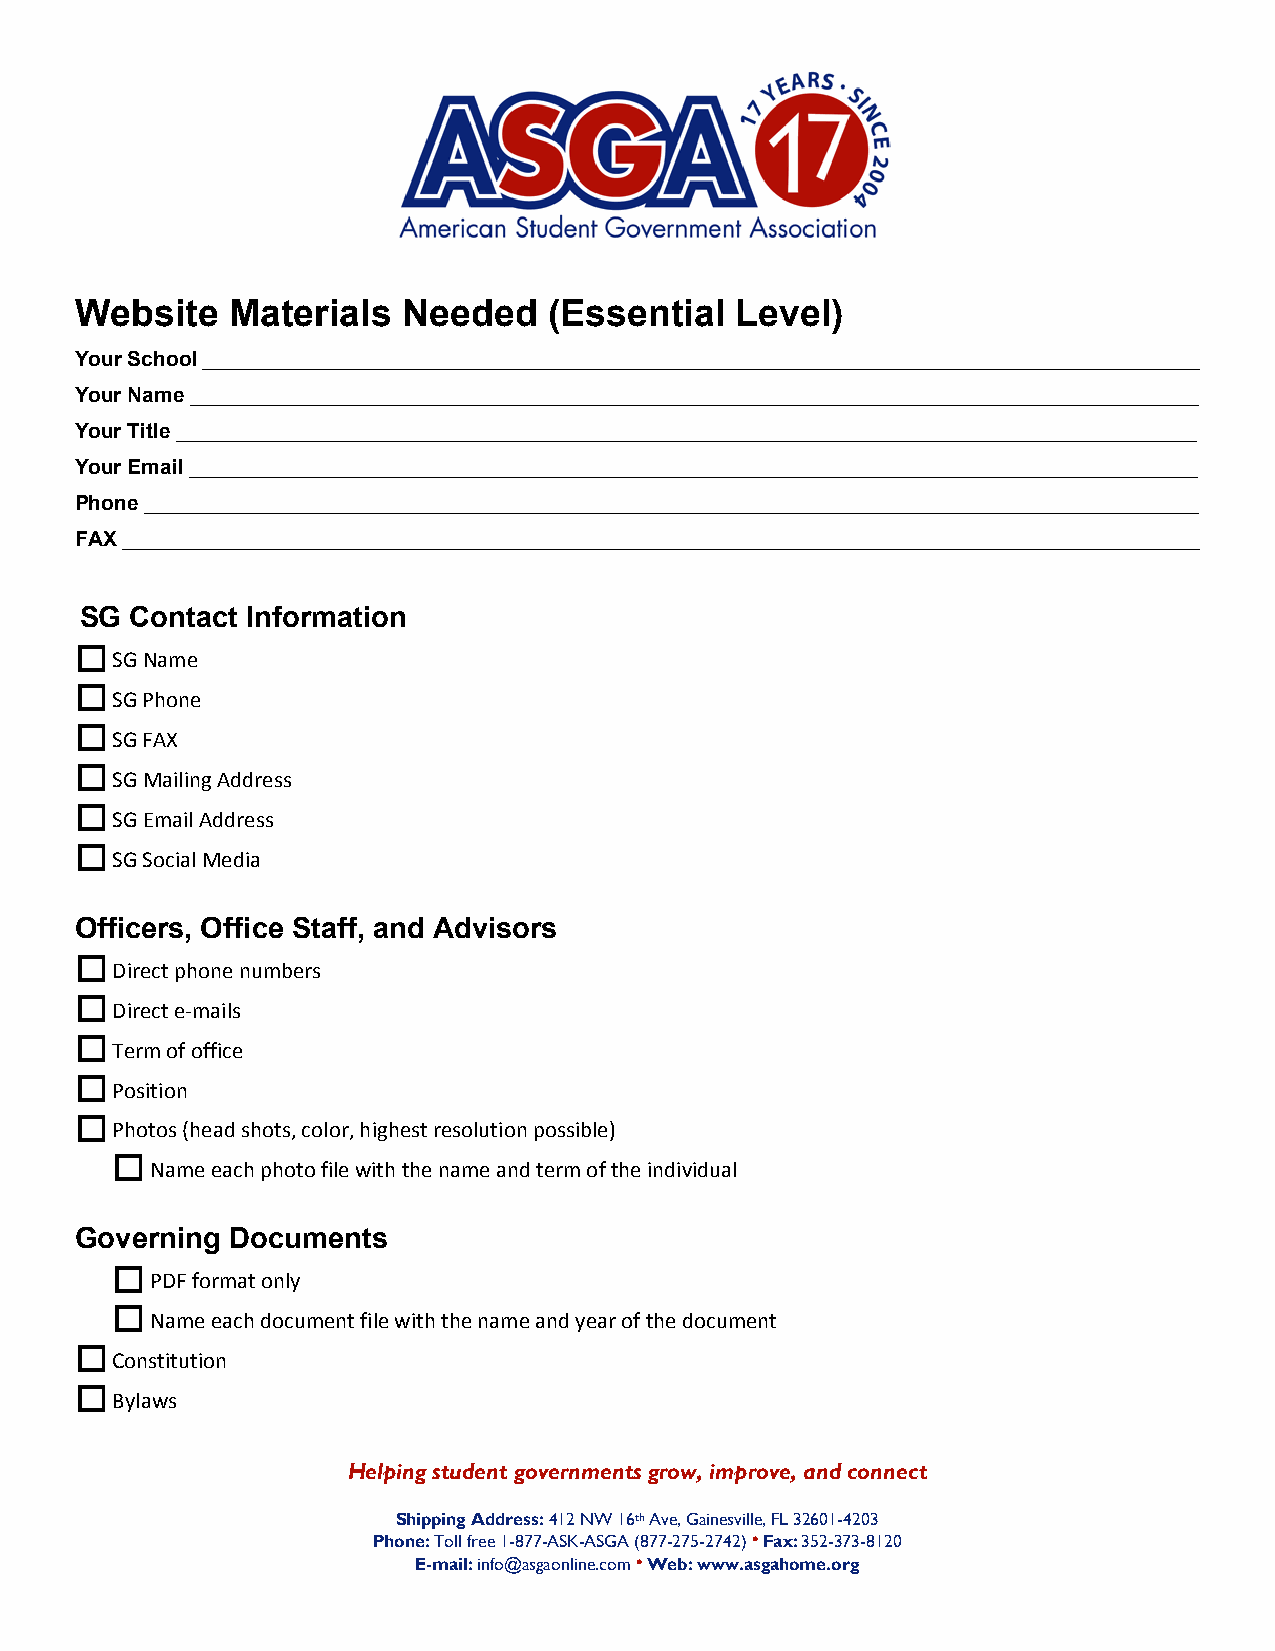
Website   Materials   Needed   (Essential   Level)
 Your School ______________________________________________________________________________________
 Your Name _______________________________________________________________________________________
 Your Title ________________________________________________________________________________________
 Your Email _______________________________________________________________________________________
 Phone ___________________________________________________________________________________________
 FAX _____________________________________________________________________________________________
 SG  Contact Information
 
 SG Name
 
 SG Phone
 
 SG FAX
 
 SG Mailing Address
 
 SG Email Address
 
 SG Social Media
 Officers, Office Staff, and Advisors
 
 Direct phone numbers
 
 Direct e‐mails
 
 Term of office
 
 Position
 
 Photos (head shots, color, highest resolution possible)
 
 Name each photo file with the name and term of the individual
 Governing Documents
 
 PDF format only
 
 Name each document file with the name and year of the document
 
 Constitution
 
 Bylaws
 Helping student governments grow, improve, and connect
 Shipping Address: 412 NW 16th Ave, Gainesville, FL 32601-4203
 Phone: Toll free 1-877-ASK-ASGA (877-275-2742) • Fax: 352-373-8120
 E-mail: info@asgaonline.com • Web: www.asgahome.org